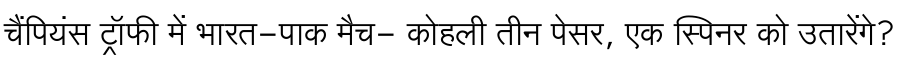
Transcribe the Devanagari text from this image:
चैंपियंस ट्रॉफी में भारत-पाक मैच- कोहली तीन पेसर, एक स्पिनर को उतारेंगे?